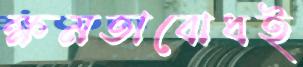
ক্ষমতাবোধই